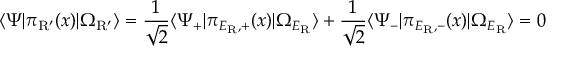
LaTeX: \langle \Psi | \pi _ { \mathrm { R ^ { \prime } } } ( x ) | \Omega _ { \mathrm { R ^ { \prime } } } \rangle = \frac { 1 } { \sqrt { 2 } } \langle \Psi _ { + } | \pi _ { E _ { \mathrm { R } } , + } ( x ) | \Omega _ { E _ { \mathrm { R } } } \rangle + \frac { 1 } { \sqrt { 2 } } \langle \Psi _ { - } | \pi _ { E _ { \mathrm { R } } , - } ( x ) | \Omega _ { E _ { \mathrm { R } } } \rangle = 0